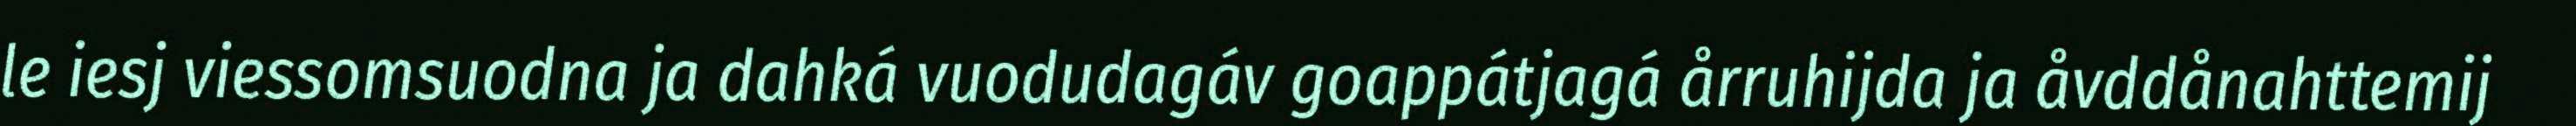
le iesj viessomsuodna ja dahká vuodudagáv goappátjagá årruhijda ja åvddånahttemij